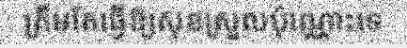
ត្រឹមតែធ្វើឱ្យសុខស្រួលប៉ុណ្ណោះទេ